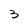
Character: 3